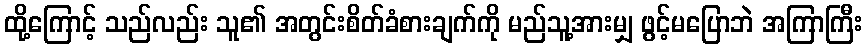
ထို့ကြောင့် သည်လည်း သူ၏ အတွင်းစိတ်ခံစားချက်ကို မည်သူ့အားမျှ ဖွင့်မပြောဘဲ အကြာကြီး